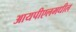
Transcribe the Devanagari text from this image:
आयपीएलमधील